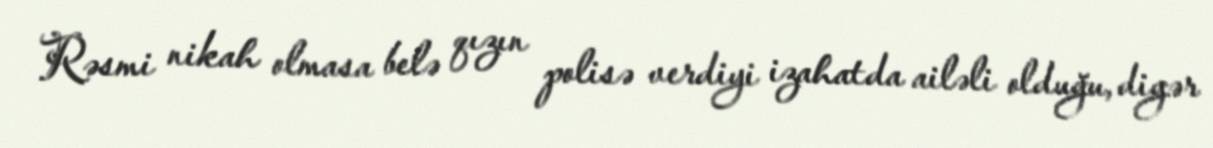
Rəsmi nikah olmasa belə qızın polisə verdiyi izahatda ailəli olduğu, digər